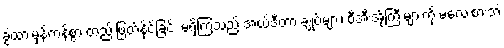
ခွဲထားမှန်ကန်စွာ တည်းဖြတ်နိုင်ခြင်း မရှိကြသည့် အယ်ဒီတာ ချုပ်များ၊ စီအီးအိုကြီးများကို မလေးစားဘဲ